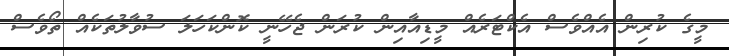
މީގެ ކުރިން އެއްވެސް އެކްޓަރެއް މީޑިއާއިން ކުރަން ޖެހޭނީ ކޮންކަހަލަ ސުވާލުތަކެއް ތޯވެސް